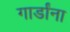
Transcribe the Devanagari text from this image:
गार्डांना